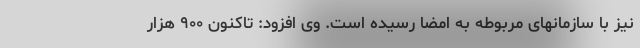
نیز با سازمانهای مربوطه به امضا رسیده است. وی افزود: تاکنون ۹۰۰ هزار